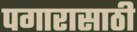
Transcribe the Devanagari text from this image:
पगारासाठी